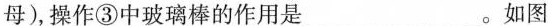
母)，操作③中玻璃棒的作用是___。如图